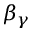
\beta _ { \gamma }